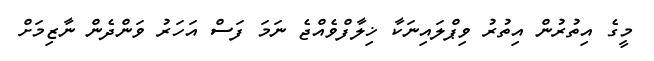
މީގެ އިތުރުން އިތުރު ވިޕްލައިނަކާ ޚިލާފްވެއްޖެ ނަމަ ފަސް އަހަރު ވަންދެން ނާޒިމަށް